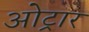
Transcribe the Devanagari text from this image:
ओट्रार